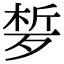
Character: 𣨗